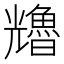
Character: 𠓑